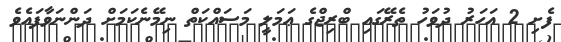
ފެށި 2 އަހަރު ދުވަހު ތެރޭގައި ބްރިޖްގެ ޢަމަލީ މަސައްކަތް ނިމޭނެކަމަށް ދަންނަވާފައެވެ